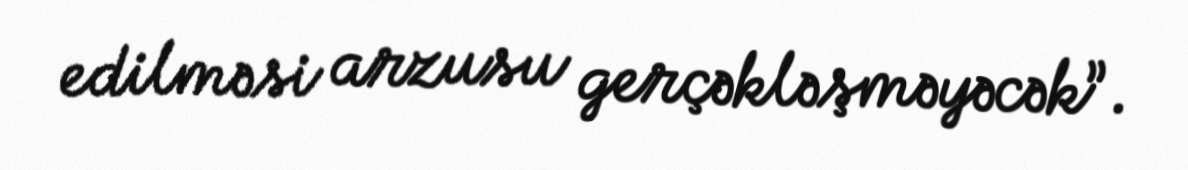
edilməsi arzusu gerçəkləşməyəcək”.